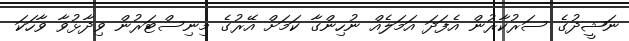
ނަޝީދުގެ ސަރުކާރުން އެފަދަ އަމަލެއް ނުހިންގާ ކަމަށް އޭރުގެ މިނިސްޓަރުން ވިދާޅުވާ ވާހަކަ